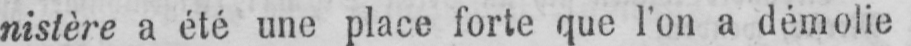
nistère a été une place forte que l’on a démolie